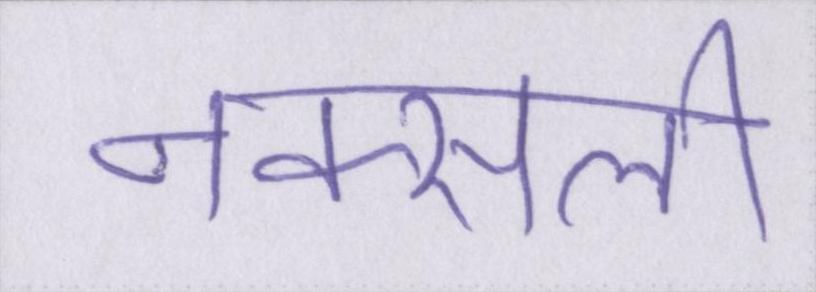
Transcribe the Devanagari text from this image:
नक्सली